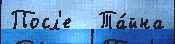
Посл'е   Та́йна